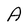
Character: A